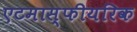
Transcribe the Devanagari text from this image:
एटमास्फीयरिक